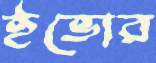
ইভোর